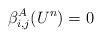
\begin{align*}\beta^A_{i,j}(U^n) = 0\end{align*}